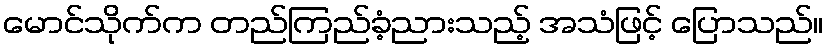
မောင်သိုက်က တည်ကြည်ခံ့ညားသည့် အသံဖြင့် ပြောသည်။